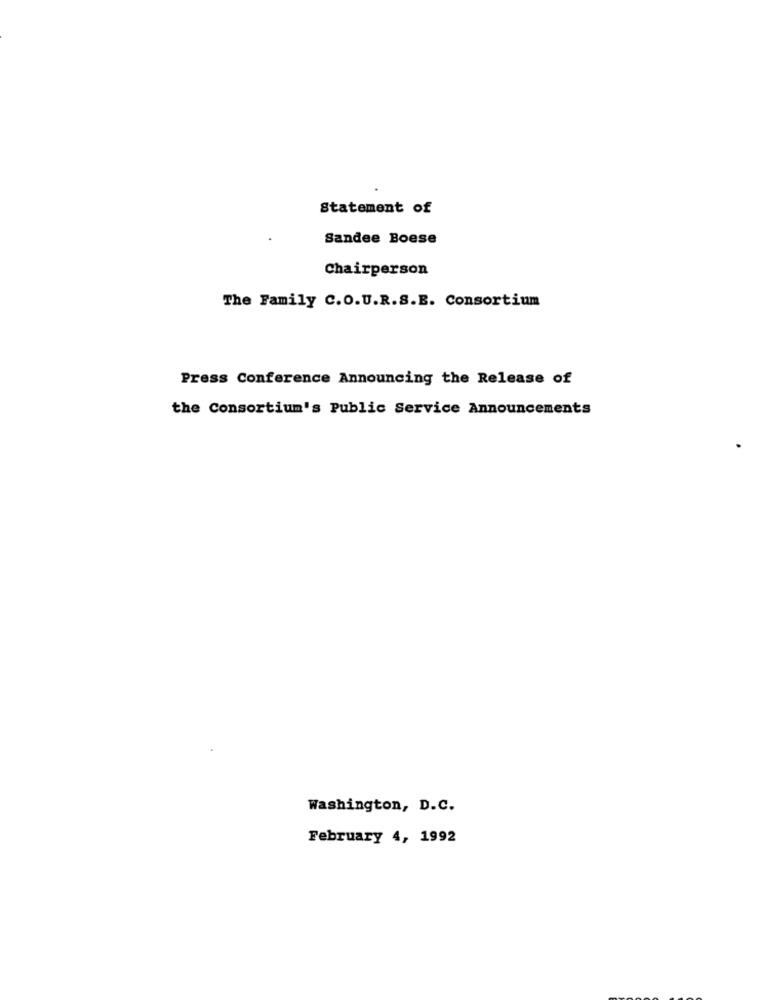
Statement of
Sandee Boese
Chairperson
The Family C.O.U.R.S.E. Consortium
Press Conference Announcing the Release of
the Consortium's Public Service Announcements
Washington, D.C.
February 4, 1992